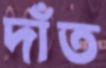
দাঁত